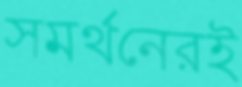
সমর্থনেরই